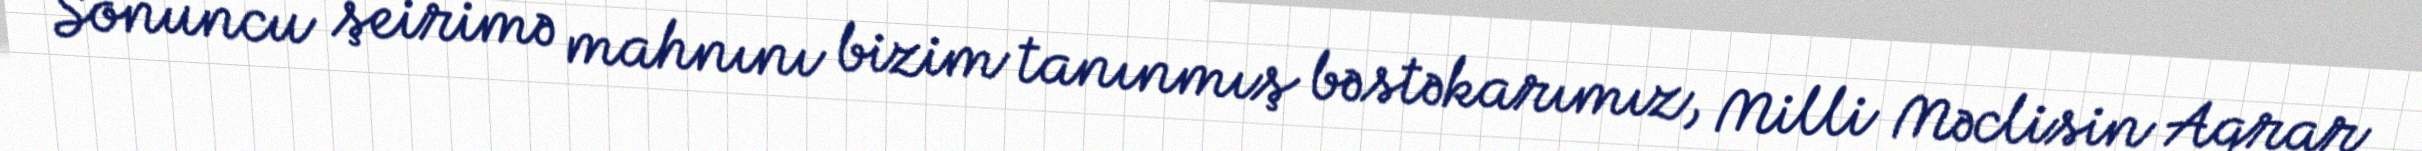
Sonuncu şeirimə mahnını bizim tanınmış bəstəkarımız, Milli Məclisin Aqrar